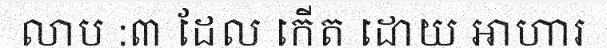
លាប :៣ ដែល កើត ដោយ ឤហារ